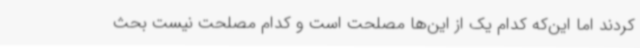
کردند اما این‌که کدام یک از این‌ها مصلحت است و کدام مصلحت نیست بحث